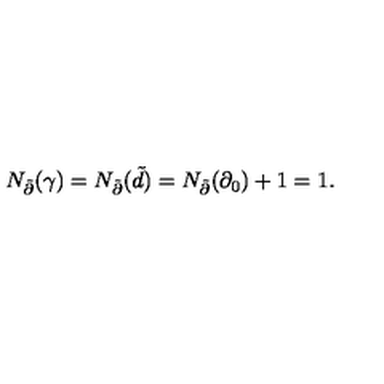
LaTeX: N _ { \tilde { \partial } } ( \gamma ) = N _ { \tilde { \partial } } ( \tilde { d } ) = N _ { \tilde { \partial } } ( \partial _ { 0 } ) + 1 = 1 .